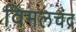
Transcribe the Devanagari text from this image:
विमलचंद्र